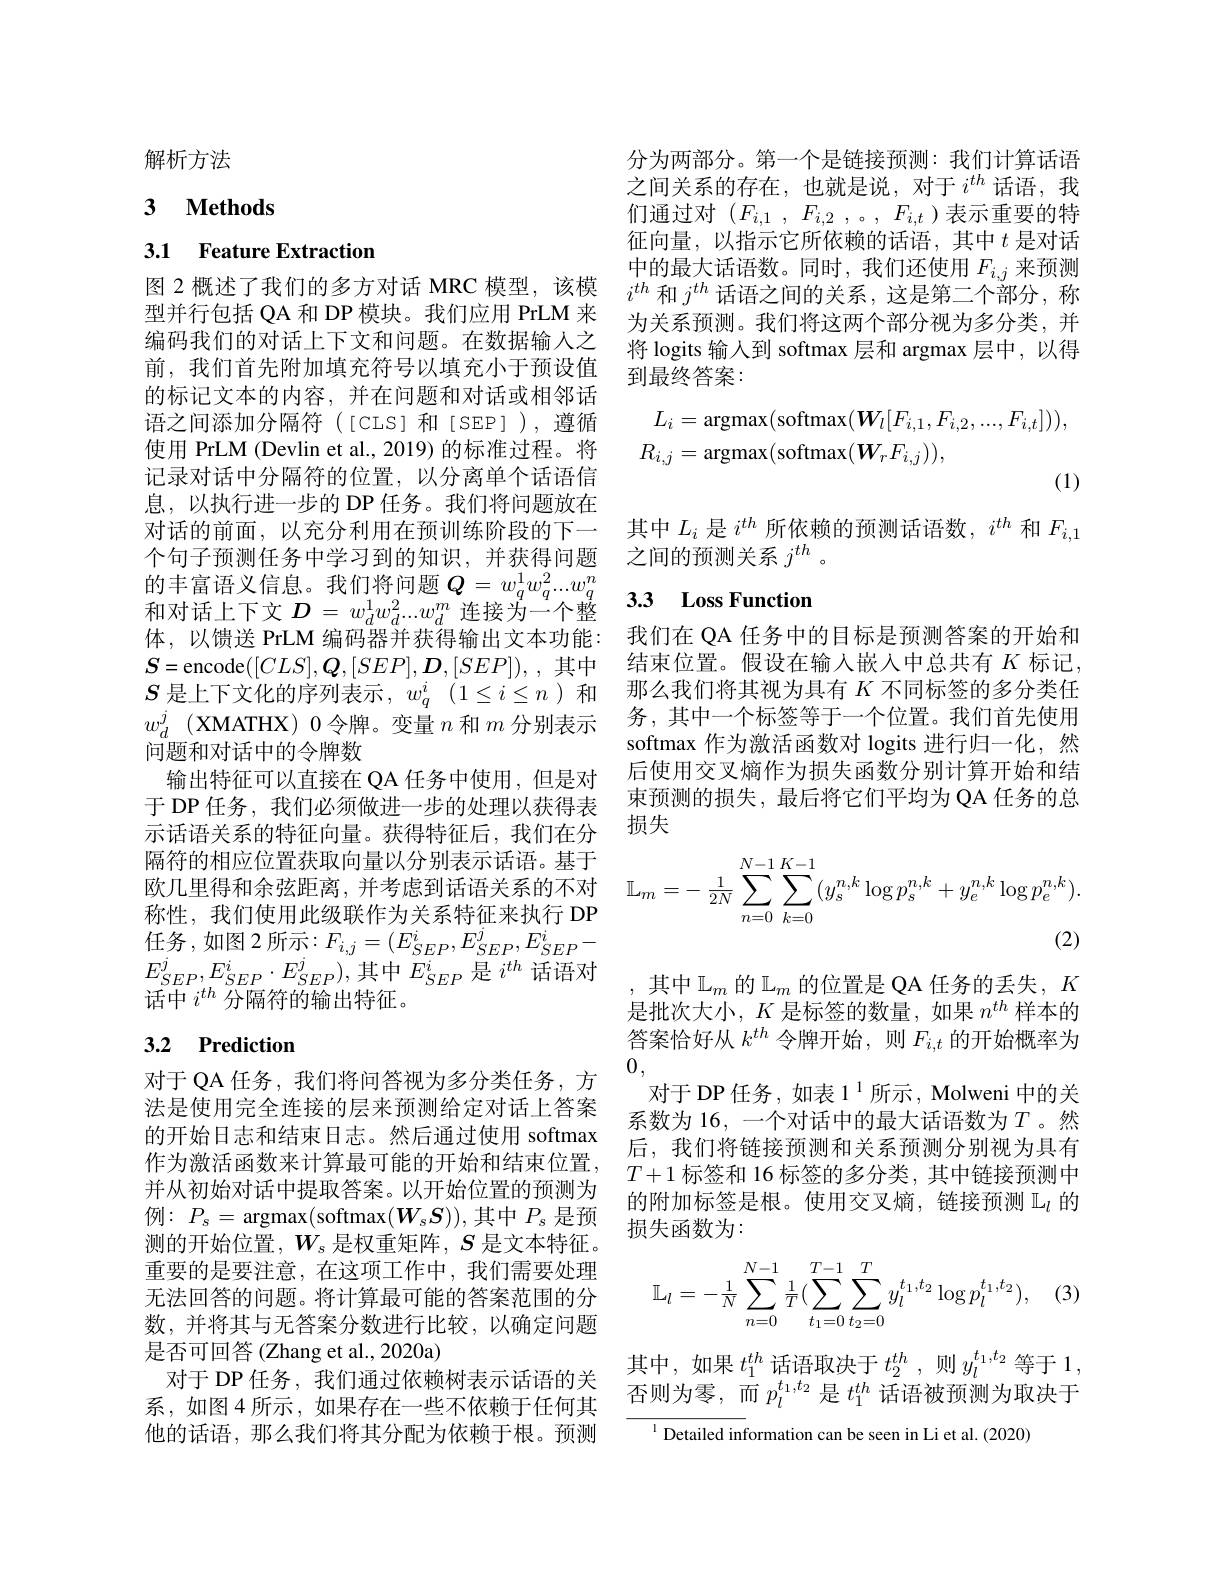
解析方法

## 3 $\textbf{Methods}$

## 3.1 Feature Extraction

图 2 概述了我们的多方对话 MRC 模型，该模型并行包括 QA 和 DP 模块。我们应用 PrLM 来编码我们的对话上下文和问题。在数据输入之前，我们首先附加填充符号以填充小于预设值的标记文本的内容，并在问题和对话或相邻话语之间添加分隔符([CLS]和[SEP]),遵循使用 PrLM (Devlin et al., 2019) 的标准过程。将记录对话中分隔符的位置，以分离单个话语信息，以执行进一步的 DP 任务。我们将问题放在的丰富语义信息。我们将问题$Q=w_q^1w_q^2...w_q^n$ 和对话上下文$D=w_d^1w_d^2...w_d^m$连接为一个整体，以馈送 PrLM 编码器并获得输出文本功能：我们在 QA 任务中的目标是预测答案的开始和$\boldsymbol{S}=$encode$( [ CLS] , \boldsymbol{Q}, [ SEP] , \boldsymbol{D}, [ SEP] ) $, ,其中 结束位置。假设在输入嵌人中总共有$K$标记， $S$是上下文化的序列表示，$w_q^i$ $( 1\leq i\leq n)$和 那么我们将其视为具有$K$不同标签的多分类任$w_d^j$ (XMATHX)0令牌。变量$n$和$m$分别表示
问题和对话中的令牌数
输出特征可以直接在 QA 任务中使用，但是对于 DP 任务，我们必须做进一步的处理以获得表示话语关系的特征向量。获得特征后，我们在分隔符的相应位置获取向量以分别表示话语。基于欧几里得和余弦距离，并考虑到话语关系的不对
称性，我们使用此级联作为关系特征来执行 DP 任务，如图2所示$:F_i,j=(E_{SEP}^i,E_{SEP}^j,E_{SEP}^i-$ $E_{SEP}^{j},E_{SEP}^{i}\cdot E_{SEP}^{j})$,其中$E_SEP^{i}$是$i^th$话语对话中$i^{th}$分隔符的输出特征。

# 3.2 Prediction

对于 QA 任务 , 我们将问答视为多分类任务 , 方法是使用完全连接的层来预测给定对话上答案的开始日志和结束日志。然后通过使用 softmax 作为激活函数来计算最可能的开始和结束位置， 并从初始对话中提取答案。以开始位置的预测为例：$P_s=$ argmax(softmax$(W_sS))$,其中$P_s$是预测的开始位置，$W_s$是权重矩阵，$S$是文本特征。重要的是要注意，在这项工作中，我们需要处理无法回答的问题。将计算最可能的答案范围的分数，并将其与无答案分数进行比较，以确定问题是否可回答 (Zhang et al., 2020a)
对于 DP 任务，我们通过依赖树表示话语的关系，如图4所示，如果存在一些不依赖于任何其他的话语，那么我们将其分配为依赖于根。预测

分为两部分。第一个是链接预测：我们计算话语之间关系的存在，也就是说，对于$i^th$话语，我们通过对($F_i,1,F_{i,2}$,。$,F_{i,t}$)表示重要的特征向量，以指示它所依赖的话语，其中$t$ 是对话中的最大话语数。同时，我们还使用$F_{i,j}$来预测$i^{th}$和$j^th$话语之间的关系，这是第二个部分，称为关系预测。我们将这两个部分视为多分类，并将 logits 输人到 softmax 层和 argmax 层中，以得到最终答案：
$$\begin{aligned}L_{i}&=\operatorname{argmax}(\operatorname{softmax}(\boldsymbol{W}_{l}[F_{i,1},F_{i,2},...,F_{i,t}])),\\R_{i,j}&=\operatorname{argmax}(\operatorname{softmax}(\boldsymbol{W}_{r}F_{i,j})),\end{aligned}$$
对话的前面，以充分利用在预训练阶段的下一 其中$L_i$是$i^th$所依赖的预测话语数，$i^th$和$F_i,1$
个句子预测任务中学习到的知识，并获得问题 之间的预测关系$j^{th}$ 。

## 3.3 $\textbf{Loss Function}$

务，其中一个标签等于一个位置。我们首先使用softmax 作为激活函数对 logits 进行归一化，然后使用交叉熵作为损失函数分别计算开始和结束预测的损失，最后将它们平均为 QA 任务的总损失
$$\mathbb{L}_m=-\:\frac{1}{2N}\sum_{n=0}^{N-1}\sum_{k=0}^{K-1}(y_s^{n,k}\log p_s^{n,k}+y_e^{n,k}\log p_e^{n,k}).$$
,其中$\mathbb{L}_m$的$\mathbb{L}_m$的位置是 QA 任务的丢失$,K$ 是批次大小，$K$是标签的数量，如果$n^th$样本的答案恰好从$k^{th}$令牌开始，则$F_{i,t}$的开始概率为0,
对于 DP 任务，如表 1$^{1}$所示，Molweni 中的关系数为 16, 一个对话中的最大话语数为$T$ 。然后，我们将链接预测和关系预测分别视为具有$T+1$标签和 16 标签的多分类，其中链接预测中的附加标签是根。使用交叉熵，链接预测$\mathcal{L}_l$的损失函数为：

(3)
$$\mathbb{L}_l=-\frac{1}{N}\sum_{n=0}^{N-1}\frac{1}{T}(\sum_{t_1=0}^{T-1}\sum_{t_2=0}^{T}y_l^{t_1,t_2}\log p_l^{t_1,t_2}),$$
其中，如果$t_1^{th}$话语取决于$t_2^{th}$,则$y_l^{t_1,t_2}$等于1， 否则为零，而$p_l^{t_1,t_2}$ 是$t_1^{th}$ 话语被预测为取决于

$^{1}$Detailed information can be seen in Li et al.(2020)